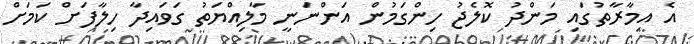
އެ އިމާރާތުގައި މަންދު ކޮލެޖު ހިންގަމުން އަންނަނީ މާލިއްޔަތު ގަވައިދާ ހިލާފަށް ކަމަށް